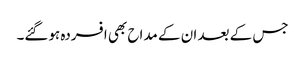
جس کے بعد ان کے مداح بھی افسردہ ہوگئے۔